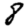
Digit: 8